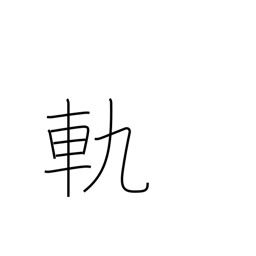
Meaning: rut